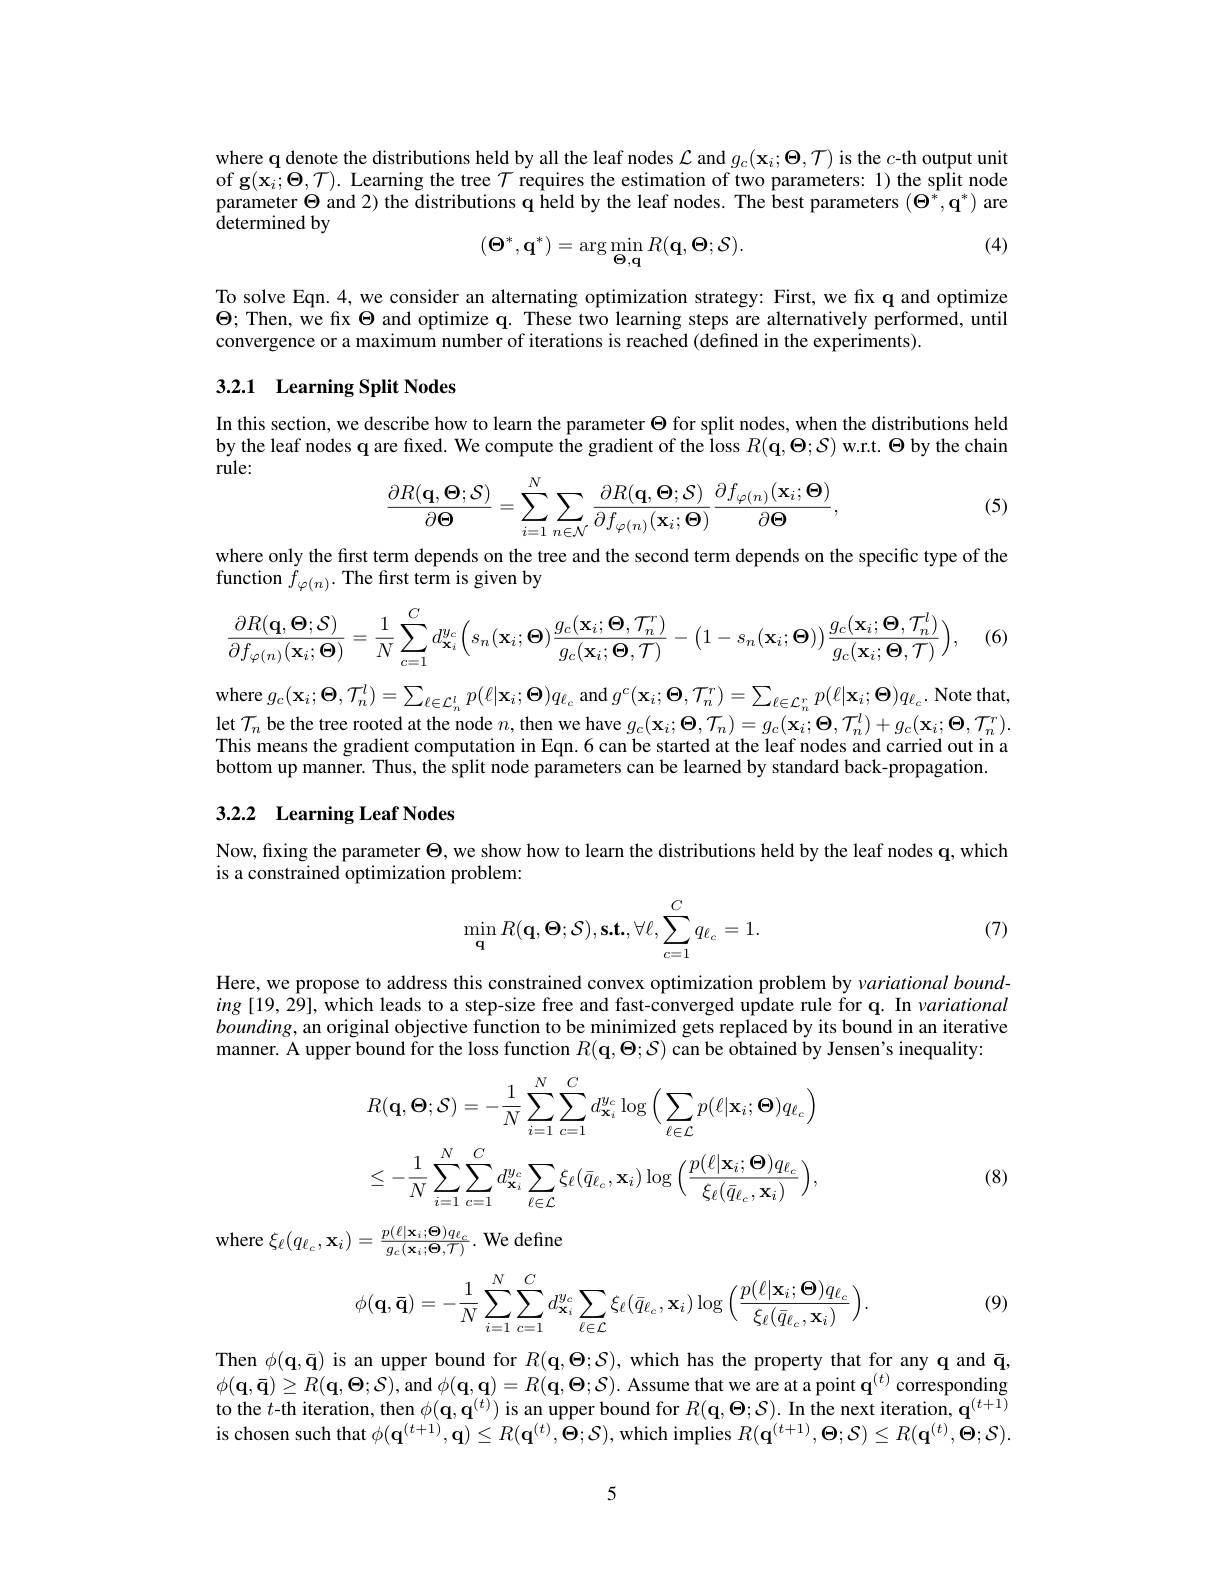
where q denote the distributions held by all the leaf nodes $\mathcal{L}$ and $g_c(\mathbf{x}_i;\boldsymbol{\Theta},\mathcal{T})$ is the $c$-th output unit of g$(\bar{\mathbf{x}}_i;\Theta,\mathcal{T}).$ Learning the tree $\mathcal{T}$ requires the estimation of two parameters: 1) the split node parameter $\Theta$ and 2) the distributions q held by the leaf nodes. The best parameters $(\Theta^*,\mathbf{q}^*)$ are ${\mathrm{determinedby}}$

(4)
$$(\mathbf{\Theta}^{*},\mathbf{q}^{*})=\arg\min_{\mathbf{\Theta},\mathbf{q}}R(\mathbf{q},\mathbf{\Theta};\mathcal{S}).$$
To solve Eqn.4, we consider an alternating optimization strategy: First, we fix q and optimize $\Theta;$ Then, we fix $\Theta$ and optimize q. These two learning steps are alternatively performed, until convergence or a maximum number of iterations is reached (defined in the experiments).
3.2.1 Learning Split Nodes

In this section, we describe how to learn the parameter $\Theta$ for split nodes, when the distributions held by the leaf nodes q are fixed. We compute the gradient of the loss $R(\mathbf{q},\Theta;S)$ w.r.t. $\Theta$ by the chain rule:
$$\begin{aligned}\frac{\partial R(\mathbf{q},\boldsymbol{\Theta};\mathcal{S})}{\partial\boldsymbol{\Theta}}=\sum_{i=1}^{N}\sum_{n\in\mathcal{N}}\frac{\partial R(\mathbf{q},\boldsymbol{\Theta};\mathcal{S})}{\partial f_{\varphi(n)}(\mathbf{x}_{i};\boldsymbol{\Theta})}\frac{\partial f_{\varphi(n)}(\mathbf{x}_{i};\boldsymbol{\Theta})}{\partial\boldsymbol{\Theta}},\end{aligned}$$
(5)

where only the first term depends on the tree and the second term depends on the specific type of the
function $\tilde{f}_{\varphi(n)}.$ The first term is given by
$$\frac{\partial R(\mathbf{q},\mathbf{\Theta};\mathcal{S})}{\partial f_{\varphi(n)}(\mathbf{x}_{i};\mathbf{\Theta})}=\frac{1}{N}\sum\limits_{c=1}^{C}d_{\mathbf{x}_{i}}^{y_{c}}\Big(s_{n}(\mathbf{x}_{i};\mathbf{\Theta})\frac{g_{c}(\mathbf{x}_{i};\mathbf{\Theta},\mathcal{T}_{n}^{r})}{g_{c}(\mathbf{x}_{i};\mathbf{\Theta},\mathcal{T})}-\Big(1-s_{n}(\mathbf{x}_{i};\mathbf{\Theta})\Big)\frac{g_{c}(\mathbf{x}_{i};\mathbf{\Theta},\mathcal{T}_{n}^{l})}{g_{c}(\mathbf{x}_{i};\mathbf{\Theta},\mathcal{T})}\Big),$$
(6)

where $g_{c}( \mathbf{x} _{i}; \Theta , \mathcal{T} _{n}^{l}) = \sum _{\ell \in \mathcal{L} _{n}^{l}}p( \ell | \mathbf{x} _{i}; \Theta ) q_{\ell _{c}}$ and $g^{c}(\mathbf{x}_{i};\Theta,\mathcal{T}_{n}^{r})=\sum_{\ell\in\mathcal{L}_{n}^{r}}p(\ell|\mathbf{x}_{i};\Theta)q_{\ell_{c}}.$ Note that, let $\mathcal{T}_n$ be the tree rooted at the node $n$,then we have $g_{\mathrm{c}}(\mathbf{x}_i;\boldsymbol{\Theta},\mathcal{T}_n)=g_{\mathrm{c}}(\mathbf{x}_i;\boldsymbol{\Theta},\mathcal{T}_n^l)+g_{\mathrm{c}}(\mathbf{x}_i;\boldsymbol{\Theta},\mathcal{T}_n^r).$ This means the gradient computation in Eqn. 6 can be started at the leaf nodes and carried out in a bottom up manner. Thus, the split node parameters can be learned by standard back-propagation.

## 3.2.2 Learning Leaf Nodes

Now, fixing the parameter $\Theta$, we show how to learn the distributions held by the leaf nodes q, which
is a constrained optimization problem:
$$\min_\mathbf{q}R(\mathbf{q},\mathbf{\Theta};\mathcal{S}),\mathbf{s.t.},\forall\ell,\sum_{c=1}^Cq_{\ell_c}=1.$$
(7)

Here, we propose to address this constrained convex optimization problem by $variational\textit{bound- wepropose to address this constrained convex optimization problem by variational bound- weras propose this constrained convex optimization problem by variati}$ $ing\left[19,29\right]$,which leads to a step-size free and fast-converged update rule for q. In variational $bounding$, an original objective function to be minimized gets replaced by its bound in an iterative manner. A upper bound for the loss function $R(\mathbf{q},\Theta;\mathcal{S})$ can be obtained by Jensen's inequality:
$$R(\mathbf{q},\mathbf{\Theta};\mathcal{S})=-\frac{1}{N}\sum_{i=1}^{N}\sum_{c=1}^{C}d_{\mathbf{x}_{i}}^{y_{c}}\log\Big(\sum_{\ell\in\mathcal{L}}p(\ell|\mathbf{x}_{i};\mathbf{\Theta})q_{\ell_{c}}\Big)\\\leq-\frac{1}{N}\sum_{i=1}^{N}\sum_{c=1}^{C}d_{\mathbf{x}_{i}}^{y_{c}}\sum_{\ell\in\mathcal{L}}\xi_{\ell}(\bar{q}_{\ell_{c}},\mathbf{x}_{i})\log\Big(\frac{p(\ell|\mathbf{x}_{i};\mathbf{\Theta})q_{\ell_{c}}}{\xi_{\ell}(\bar{q}_{\ell_{c}},\mathbf{x}_{i})}\Big),$$
(8)

where $\xi_\ell(q_{\ell_c},\mathbf{x}_i)=\frac{p(\ell|\mathbf{x}_i;\mathbf{\Theta})q_{\ell_c}}{g_c(\mathbf{x}_i;\mathbf{\Theta},\mathcal{T})}.$ We define

(9)
$$\phi(\mathbf{q},\bar{\mathbf{q}})=-\frac{1}{N}\sum_{i=1}^{N}\sum_{c=1}^{C}d_{\mathbf{x}_{i}}^{y_{c}}\sum_{\ell\in\mathcal{L}}\xi_{\ell}(\bar{q}_{\ell_{c}},\mathbf{x}_{i})\log\Big(\frac{p(\ell|\mathbf{x}_{i};\boldsymbol{\Theta})q_{\ell_{c}}}{\xi_{\ell}(\bar{q}_{\ell_{c}},\mathbf{x}_{i})}\Big).$$
Then $\phi(\mathbf{q},\bar{\mathbf{q}})$ is an upper bound for $R(\mathbf{q},\Theta;\mathcal{S})$, which has the property that for any q and $\bar{\mathbf{q}}$, $\phi(\mathbf{q},\bar{\mathbf{q}})\geq R(\mathbf{q},\Theta;\mathcal{S})$,and $\phi(\mathbf{q},\mathbf{q})=R(\mathbf{q},\Theta;\mathcal{S}).$ Assume that we are at a point q$^{(t)}$ corresponding to the $t$-th iteration, then $\phi(\mathbf{q},\mathbf{q}^{(t)})$ is an upper bound for $R(\mathbf{q},\Theta;\mathcal{S}).$ In the next iteration, $\mathbf{q}^{(t+1)}$ is chosen such that $\phi(\mathbf{q}^{(t+1)},\mathbf{q})\leq R(\mathbf{q}^{(t)},\mathbf{\Theta};\mathcal{S})$, which implies $R(\mathbf{q}^{(t+1)},\boldsymbol{\Theta};\mathcal{S})\leq R(\mathbf{q}^{(t)},\boldsymbol{\Theta};\mathcal{S}).$

5